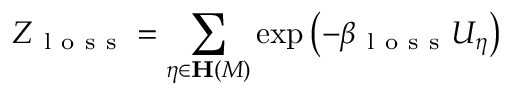
Z _ { \mathrm { ~ l ~ o ~ s ~ s ~ } } = \sum _ { \eta \in \mathbf { H } \left( M \right) } \exp \left( - \beta _ { \mathrm { ~ l ~ o ~ s ~ s ~ } } U _ { \eta } \right)